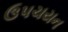
ઉપચયન